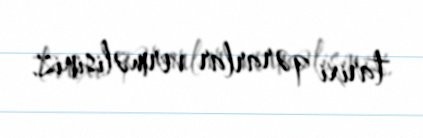
tarixi qərarlar verməlisiniz.